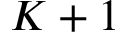
K + 1